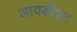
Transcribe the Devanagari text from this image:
आयडीएम